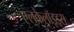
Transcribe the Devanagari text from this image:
एलकेलॉइड्स